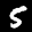
Label: 5